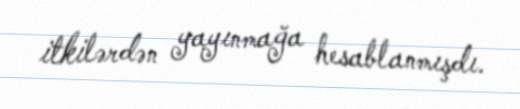
itkilərdən yayınmağa hesablanmışdı.